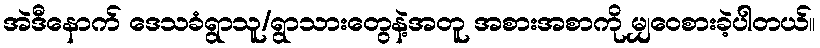
အဲဒီနောက် ဒေသခံရွာသူ/ရွာသားတွေနဲ့အတူ အစားအစာကို မျှဝေစားခဲ့ပါတယ်။